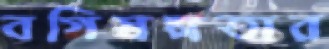
বগিস্বল্পতার